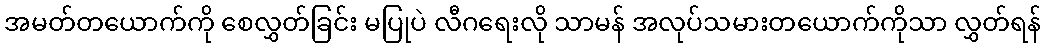
အမတ်တယောက်ကို စေလွှတ်ခြင်း မပြုပဲ လီဂရေးလို သာမန် အလုပ်သမားတယောက်ကိုသာ လွှတ်ရန်